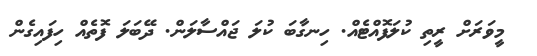
މީވަރަށް ރީތި ކުލަފޮއްޓެއް. ހިނގާބަ ކުލަ ޖައްސާލަން. ދޭބަލަ ފޮތެއް ހިފައިގެން